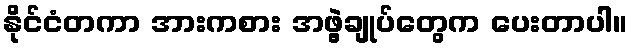
နိုင်ငံတကာ အားကစား အဖွဲ့ချုပ်တွေက ပေးတာပါ။